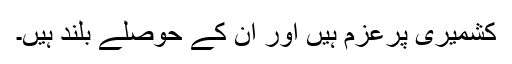
کشمیری پرعزم ہیں اور ان کے حوصلے بلند ہیں۔